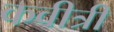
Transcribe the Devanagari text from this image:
कवीत्री